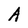
Character: A